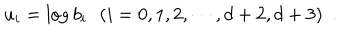
LaTeX: u _ { i } = \log b _ { i } \, \, \, \, ( i = 0 , 1 , 2 , \cdots , { d + 2 } , { d + 3 } ) \, \, \, .